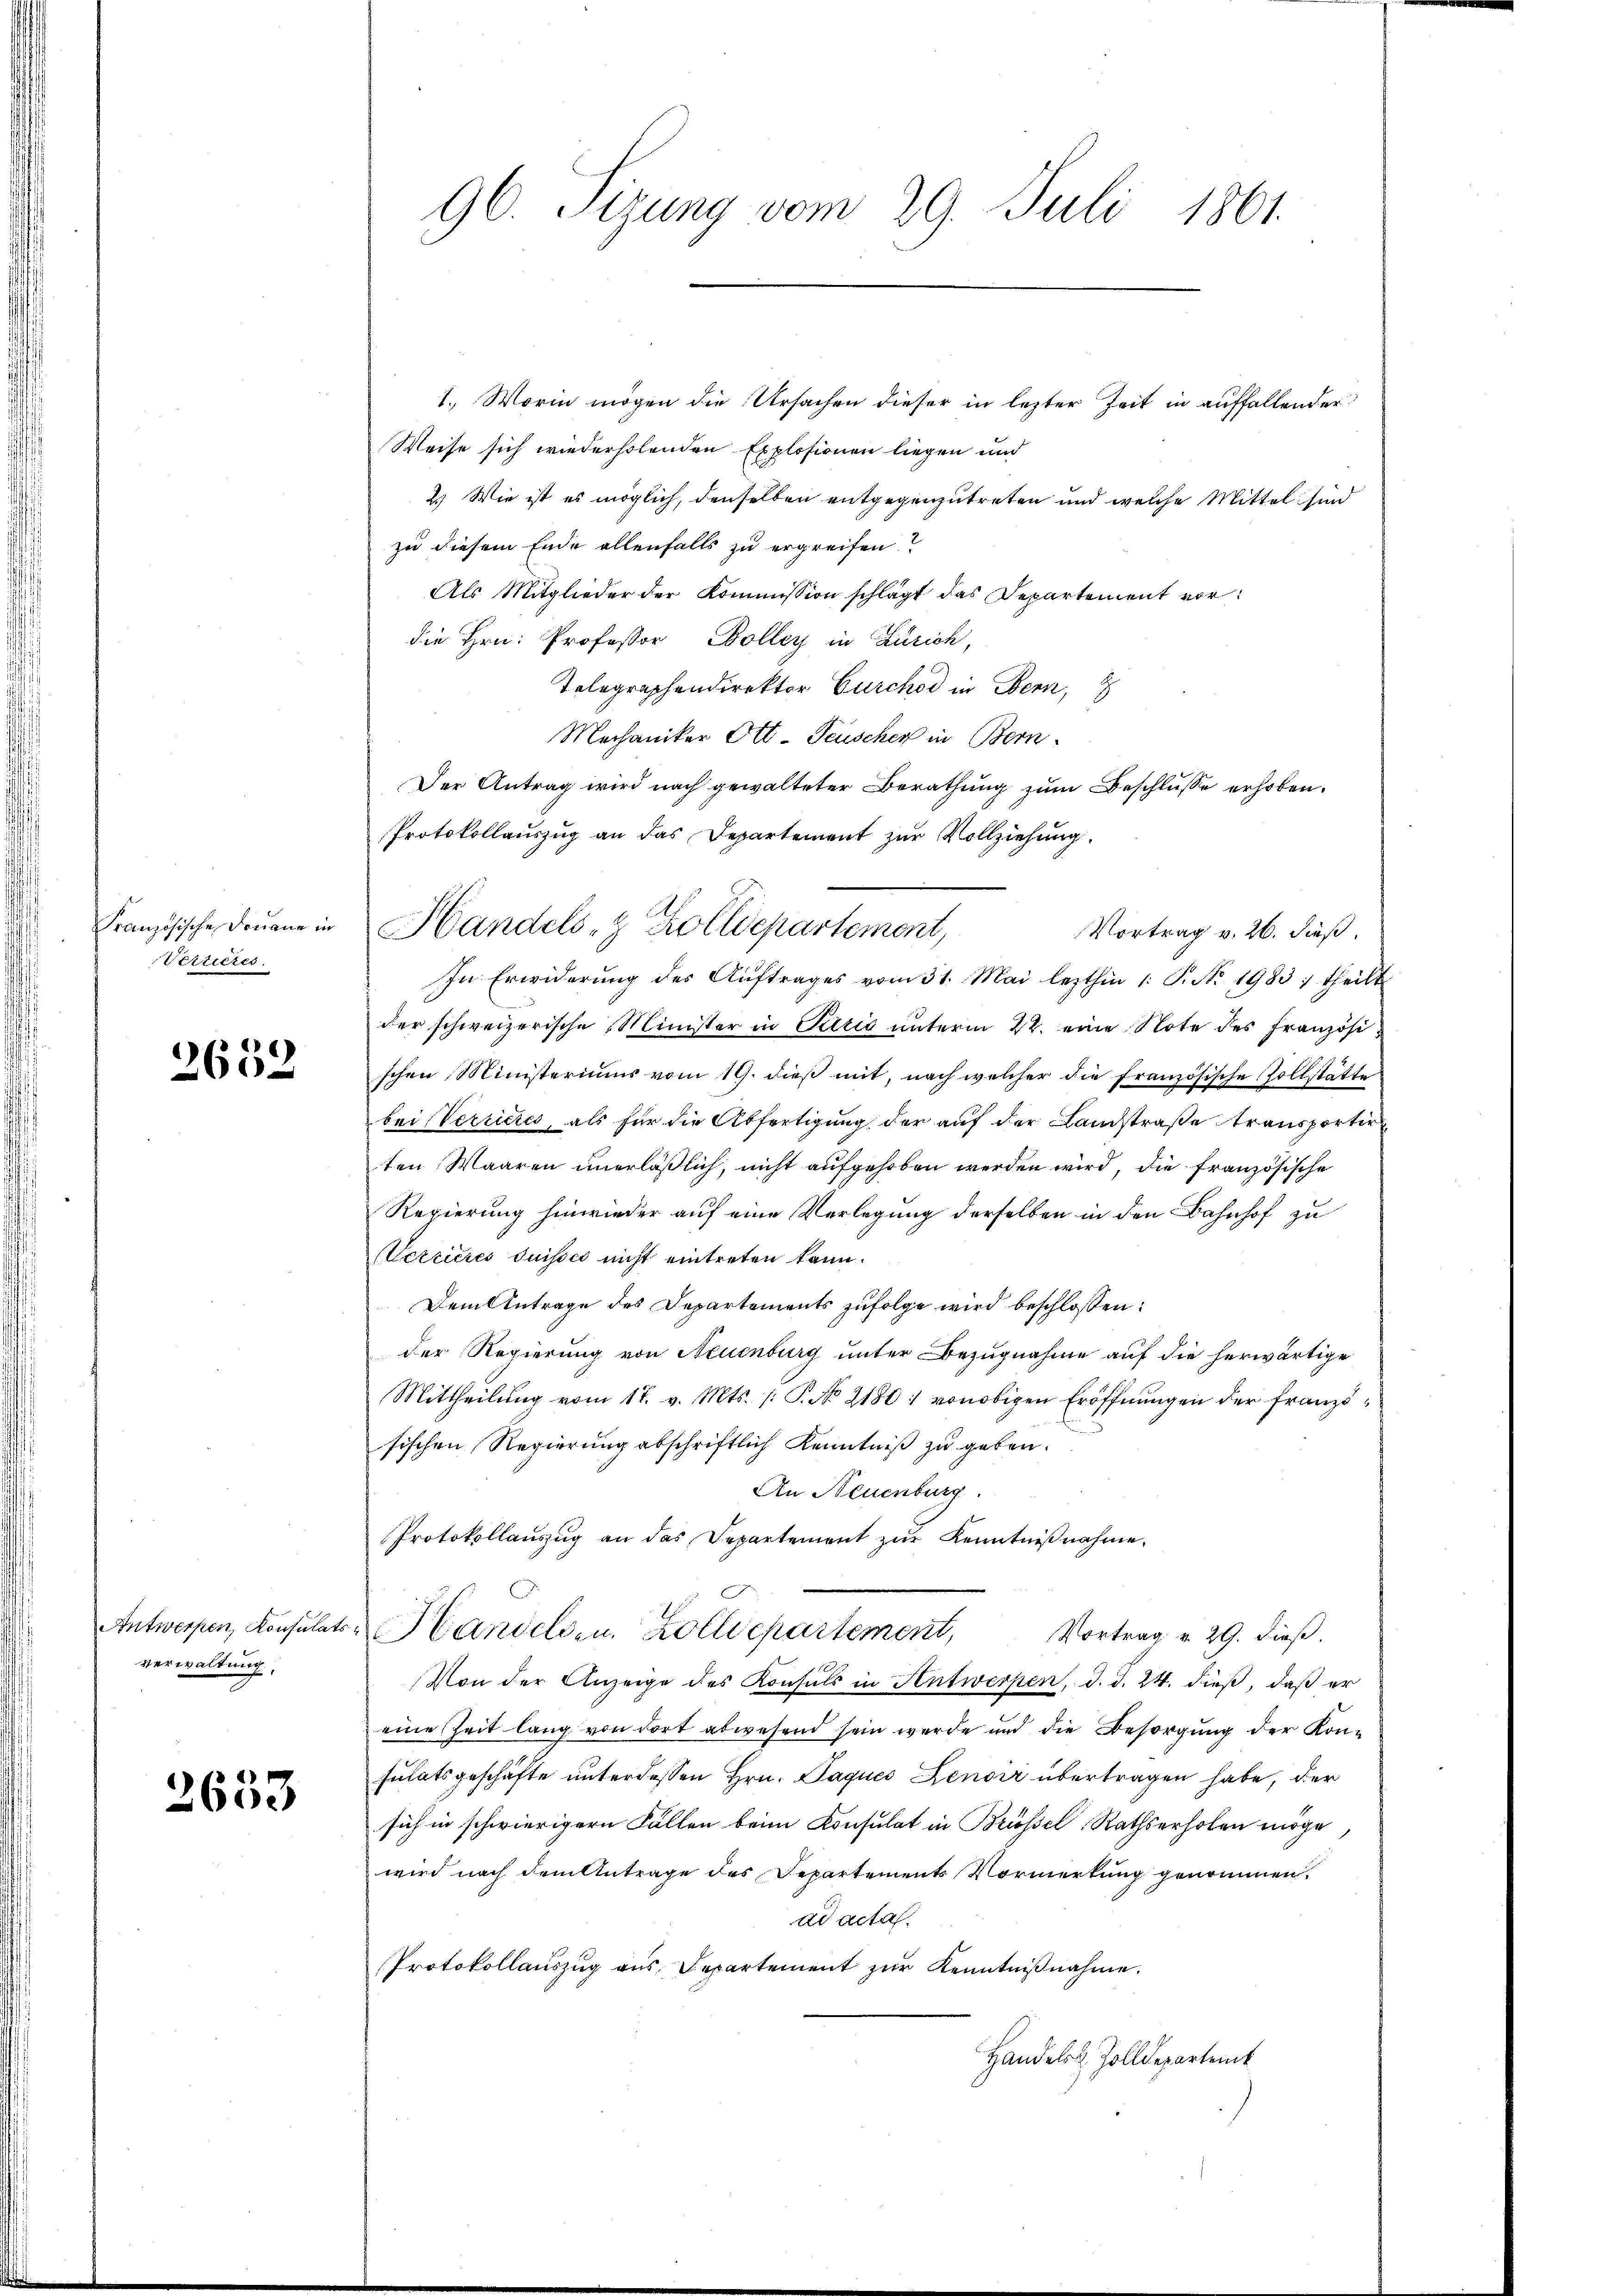
Französische Donaue in
Verrieres.

2652

Antwerpen, Konsulats
verwaltung.

2653

96. Sizung vom 29. Juli 1861.

1., Worin mögen die Ursachen dieser in lezter Zeit in auffallender
Weise sich wiederholenden Explosionen liegen und
2.) Wie ist es möglich, denselben entgegenzutreten und welche Mittel sind
zu diesem Ende allenfalls zu ergreifen.
Als Mitglieder der Kommission schlägt das Departement vor:
die Hrn. Professor Boller in Zürich,
Telegraphendirektor Gurchod in Bern,
In Erwiderung des Aŭftrages vom 31. Mai lezthin 1. P. No. 1983; theilt
der schweizerische Minister in Partis unterm 22. eine Note des Französischen Ministeriums vom 19. dieß mit, nach welcher die französische Zollstätte
bei Vereiches, als für die Abfertigung der auf der Landstraße transportir
ten Waaren unerläßlich, nicht aufgehoben werden wird, die französische
Regierung hinwieder auf eine Verlegung derselben in den Bahnhof zu
Verrieres Suisses nicht eintreten kann.
Dem Antrage des Departements zufolge wird beschlossen:
der Regierung von Neuenburg unter Bezugnahme auf die herwärtige
Mittheilung vom 17. v. Mts. /: P. No 21801 von obigen Eröffnungen der Französischen Regierung abschriftlich Kenntniß zu geben.
An Neuenburg
Protokollauszug an das Departement zŭr Kenntnißnahme.
Handelsen. Zolldepartement, Vortrag v. 29. dieβ.
Von der Anzeige des Konsuls in Antwerpen, d. d. 24. dieß, daß er
eine Zeit lang von dort abwesend sein werde und die Besorgung der Kon-
sulatsgeschäfte unter dessen Hrn. Paques Zenoir übertragen habe, der
sich in schwierigern Fallen beim Konsulat in Brüssel Rathserholen möge,
wird nach dem Antrage des Departements Vormerkung genommen.
ad acta.
Protokollauszug aus Separtement zŭr Kenntniβnahme.
Handelst Zolldepartemb

Mechaniker Ott-Teuscher in Bern
Der Antrag wird nach gewalteter Berathung zum Beschlüsse erhoben.
Protokollauszug an das Departement zur Vollziehung.
Handels- & Zolldepartement,
Vortrag v. 26. dieß.